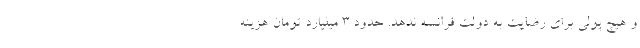
و هیچ پولی برای رضایت به دولت فرانسه ندهد. حدود 3‌ میلیارد تومان هزینه